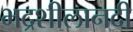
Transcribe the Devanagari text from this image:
भद्रशीलानदी